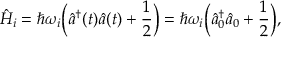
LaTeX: \hat { H } _ { i } = \hbar \omega _ { i } \Bigl ( \hat { a } ^ { \dagger } ( t ) \hat { a } ( t ) + \frac { 1 } { 2 } \Bigr ) = \hbar \omega _ { i } \Bigl ( \hat { a } _ { 0 } ^ { \dagger } \hat { a } _ { 0 } + \frac { 1 } { 2 } \Bigr ) ,